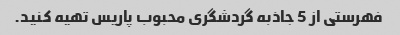
فهرستی از 5 جاذبه گردشگری محبوب پاریس تهیه کنید.